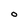
Character: O